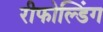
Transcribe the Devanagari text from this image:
रीफोल्डिंग